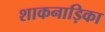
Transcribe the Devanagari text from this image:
शाकनाड़िका